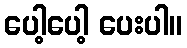
ပေါ့ပေါ့ ပေးပါ။